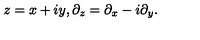
z = x + i y , \partial _ { z } = \partial _ { x } - i \partial _ { y } .